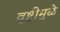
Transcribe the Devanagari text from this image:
वृष्टीमुळे